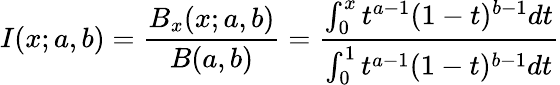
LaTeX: I(x;a,b)=\frac{B_{x}(x;a,b)}{B(a,b)}=\frac{\int_{0}^{x}t^{a-1}(1-t)^{b-1}dt}{\int_{0}^{1}t^{a-1}(1-t)^{b-1}dt}